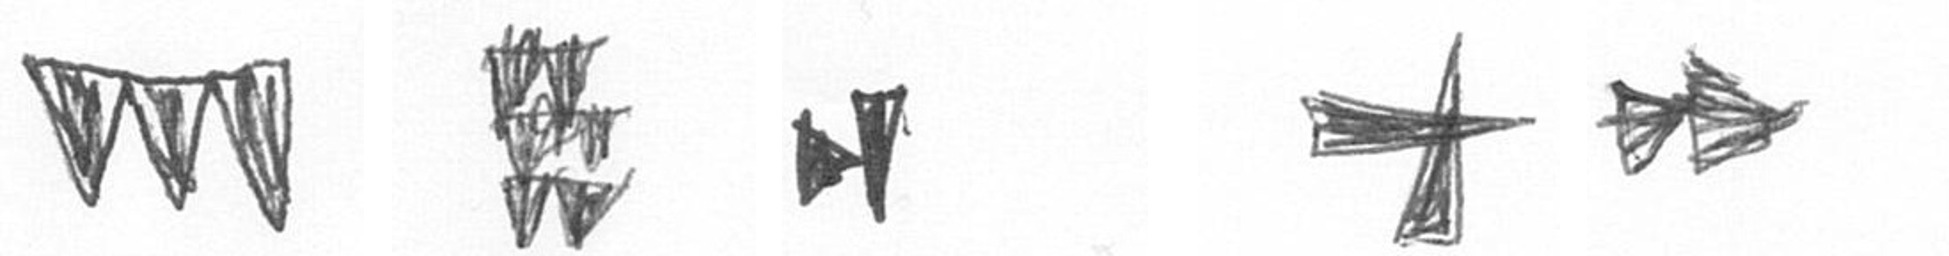
L Y M G A